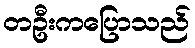
တဦးကပြောသည်